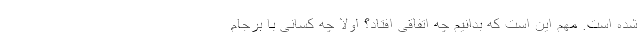
شده است. مهم این است که بدانیم چه اتفاقی افتاد؟ اولا چه کسانی با برجام